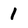
Character: 1